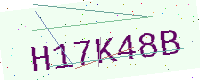
Text: H17K48B